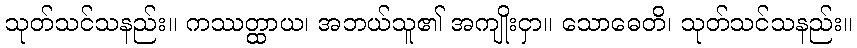
သုတ်သင်သနည်း။ ကဿတ္ထာယ၊ အဘယ်သူ၏ အကျိုးငှာ။ သောဓေတိ၊ သုတ်သင်သနည်း။